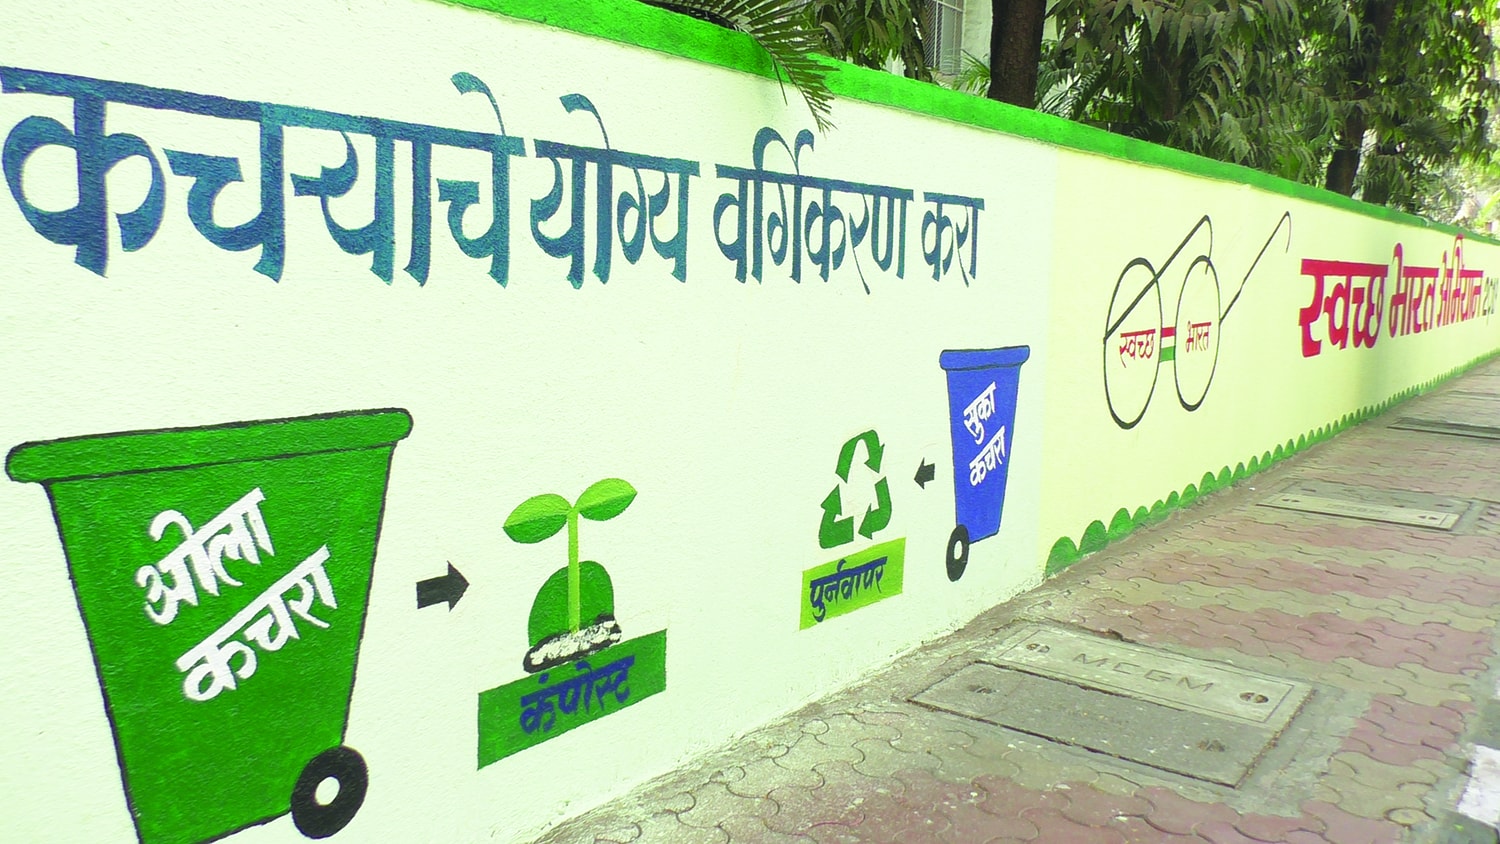
Language: marathi
Transcription: कचऱ्याचे करा वर्गिकरण ओला कचरा कंपोस्ट पुर्नवापर सुका कचरा स्वच्छ भारत भारत योग्य स्वच्छ